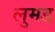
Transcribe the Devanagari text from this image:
लुमड